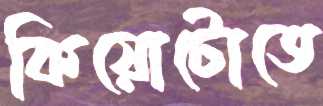
কিয়োটোতে